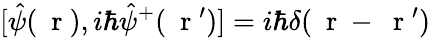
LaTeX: [\hat{\psi}(\mathrm{~\mathbf~r~}),i\hbar\hat{\psi}^{+}(\mathrm{~\mathbf~r~}^{\prime})]=i\hbar\delta(\mathrm{~\mathbf~r~}-\mathrm{~\mathbf~r~}^{\prime})